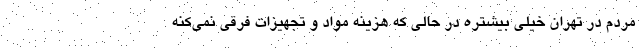
مردم در تهران خیلی بیشتره در حالی که هزینه مواد و تجهیزات فرقی نمی‌کنه